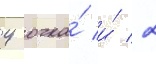
4 очка́ и́ 2